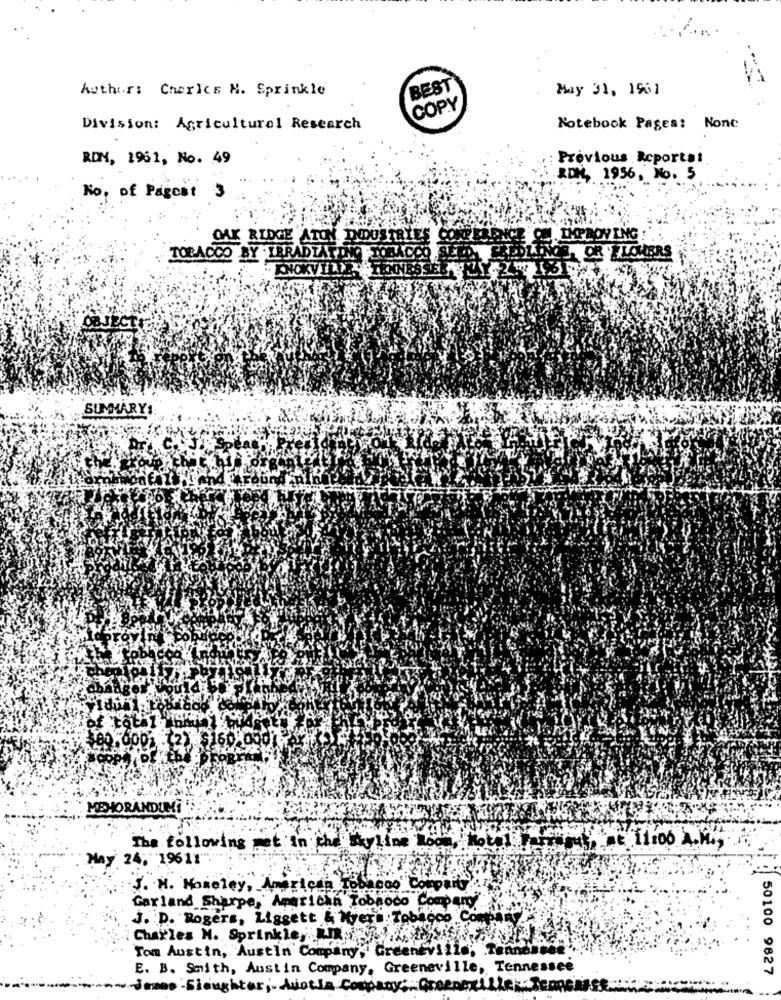
Author: Charles N. Sprinkle
BEST
May 31, 1961
COPY
Division: Agricultural Research
Notebook Pages: None
RDN, 1961, No. 49
Previous Reporta!
RDN, 1956, No. 5
No. of Pagest 3
OAK RIDGE ATON DODUSTRIE
TOBACCO BY TERADIATON BOCADO
SUMMARY:
$80,0001 (2)
MEMORANDUM!
The following met in the skyline Room, Notal Partmout, at 11:00 A.M .;
May 24; 19611
J. M. Moseley, American Tobacco Company
Garland Sharpe, American Tobacco Company
J. D. Rogers, Liggett & Nyers Tobacco Co
Charles N. Sprinkle, RI
Tom Austin, Austin Company, Greentv
E. B. Smith, Austin Company, Greeneville, Tennessee
50100 9827
Jones - Slaughter ;. Avoria Company :. Greepexillek. Tennents